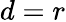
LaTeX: d=r